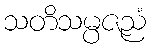
သတိသမ္ပဇညံ